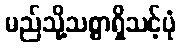
မည်သို့သစ္စာရှိသင့်ပုံ